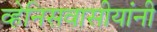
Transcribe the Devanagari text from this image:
व्हेनिसवासीयांनी